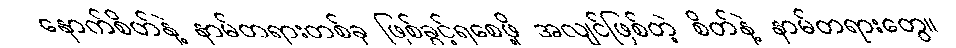
နောက်စိတ်နဲ့ နာမ်တရားတစ်ခု ဖြစ်ခွင့်ရစေဖို့ အလျင်ဖြစ်တဲ့ စိတ်နဲ့ နာမ်တရားတွေ။